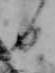
日